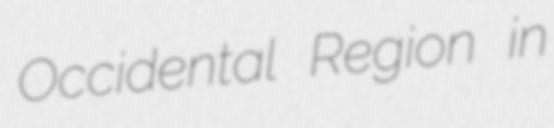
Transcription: Occidental Region in